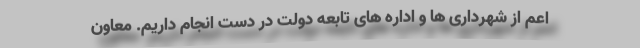
اعم از شهرداری ها و اداره های تابعه دولت در دست انجام داریم. معاون